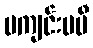
မကျင်းပမီ